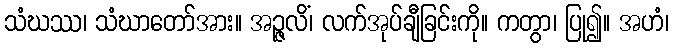
သံဃဿ၊ သံဃာတော်အား။ အဉ္ဇလိံ၊ လက်အုပ်ချီခြင်းကို။ ကတွာ၊ ပြု၍။ အဟံ၊